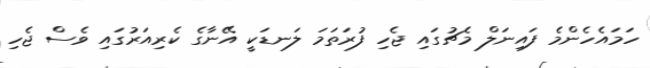
ހަމައެހެންމެ ފައިނަލް މެޗުގައި ޖެހި ފުރަތަމަ ލަނޑަކީ އޭނާގެ ކެރިއަރުގައި ވެސް ޖެހި